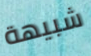
شبيهة